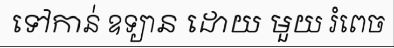
ទៅកាន់ ឧទ្យាន ដោយ មួយ រំពេច